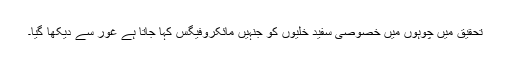
تحقیق میں چوہوں میں خصوصی سفید خلیوں کو جنہیں مائکروفیگس کہا جاتا ہے غور سے دیکھا گیا۔